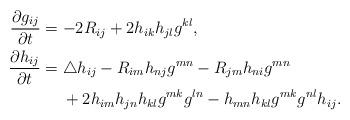
LaTeX: \begin{align*} \frac{\partial g_{ij}}{\partial t}&=-2R_{ij}+2h_{ik}h_{jl}g^{kl},\\\frac{\partial h_{ij}}{\partial t}&= \triangle h_{ij}-R_{im}h_{nj}g^{mn}-R_{jm}h_{ni}g^{mn}\\ & \ \ \ \ +2h_{im}h_{jn}h_{kl}g^{mk}g^{ln}-h_{mn}h_{kl}g^{mk}g^{nl}h_{ij}.\end{align*}